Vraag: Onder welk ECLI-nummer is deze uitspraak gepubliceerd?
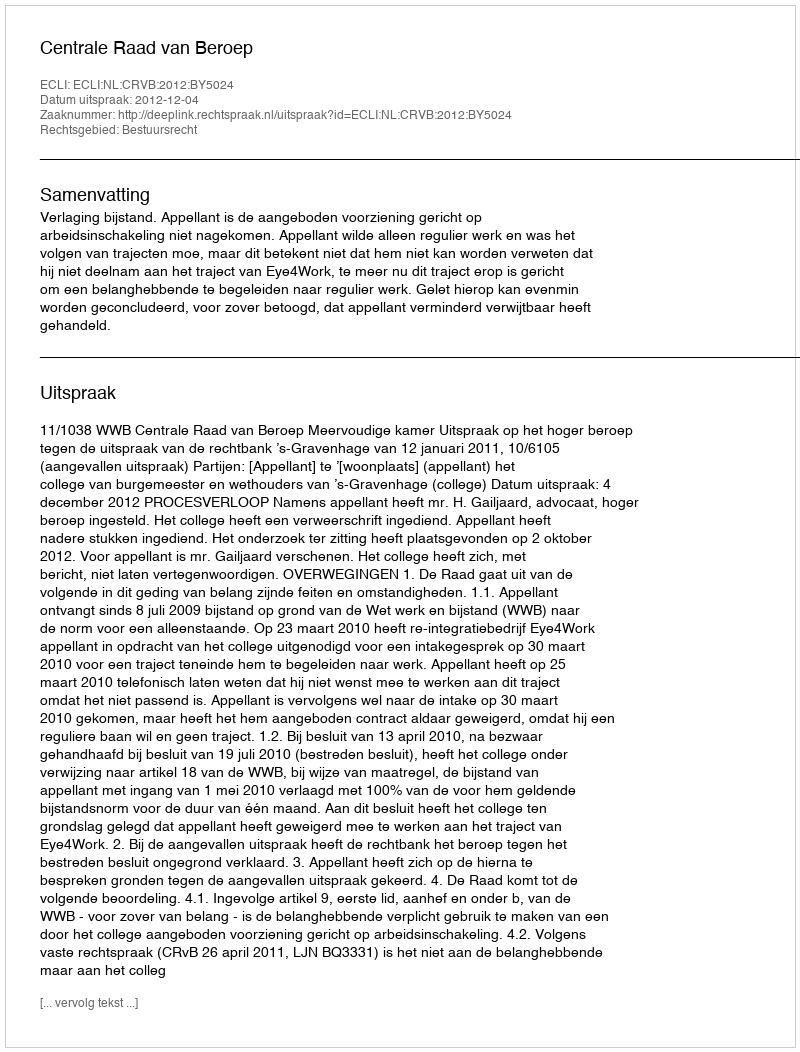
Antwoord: ECLI:NL:CRVB:2012:BY5024